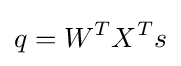
q=W^{T}X^{T}s